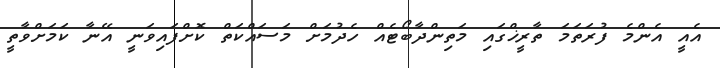
އެއީ އެންމެ ފުރަތަމަ ތާރީޚްގައި މަތިންދާބޯޓެއް ހެދުމަށް މަސައްކަތް ކޮށްފައިވަނީ އޭނާ ކަމަށްވާތީ